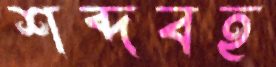
শব্দবহ